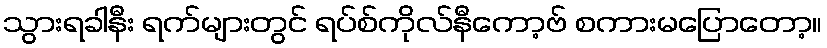
သွားရခါနီး ရက်များတွင် ရပ်စ်ကိုလ်နီကော့ဗ် စကားမပြောတော့။